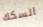
السكك